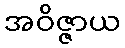
အဝိဇ္ဇာယ